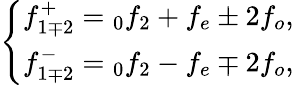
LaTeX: \left\{ \begin{array}{c}{f_{1\mp 2}^{+}=\phantom{}_{0}f_{2}+f_{e}\pm 2f_{o},}\\ {f_{1\mp 2}^{-}=\phantom{}_{0}f_{2}-f_{e}\mp 2f_{o},}\end{array}\right.